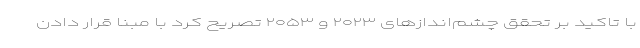
با تاکید بر تحقق چشم‌اندازهای ۲۰۲۳ و ۲۰۵۳ تصریح کرد با مبنا قرار دادن